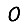
Digit: 0